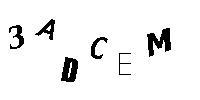
3ADCEM